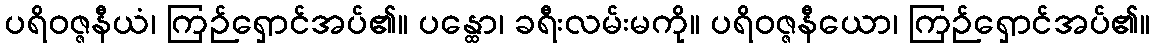
ပရိဝဇ္ဇနီယံ၊ ကြဉ်ရှောင်အပ်၏။ ပန္ထော၊ ခရီးလမ်းမကို။ ပရိဝဇ္ဇနီယော၊ ကြဉ်ရှောင်အပ်၏။